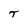
Character: T